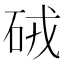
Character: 𥑳